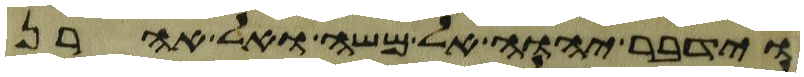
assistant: וידבר יהוה אל משה ואל אהרן